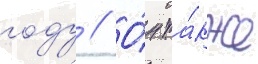
году // О́н та́кже